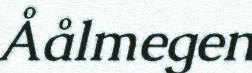
Åålmegen